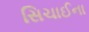
સિચાઈના